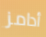
أدامز